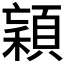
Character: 𱶥